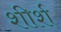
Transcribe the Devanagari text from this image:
शीर्श